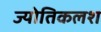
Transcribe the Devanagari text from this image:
ज्योतिकलश